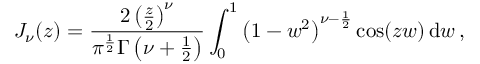
J _ { \nu } ( z ) = \frac { 2 \left( \frac { z } { 2 } \right) ^ { \nu } } { \pi ^ { \frac { 1 } { 2 } } \Gamma \left( \nu + \frac { 1 } { 2 } \right) } \int _ { 0 } ^ { 1 } \left( 1 - w ^ { 2 } \right) ^ { \nu - \frac { 1 } { 2 } } \cos ( z w ) \, \mathrm { d } w \, ,